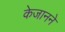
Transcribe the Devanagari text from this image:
केजानने